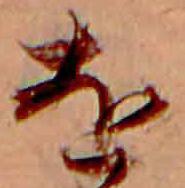
を